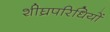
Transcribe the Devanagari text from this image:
शीघ्रपरिधियों